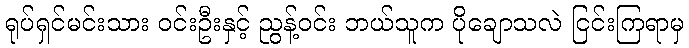
ရုပ်ရှင်မင်းသား ဝင်းဦးနှင့် ညွန့်ဝင်း ဘယ်သူက ပိုချောသလဲ ငြင်းကြရာမှ